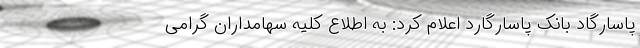
پاسارگاد بانک پاسارگارد اعلام کرد: به اطلاع کلیه سهامداران گرامی